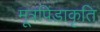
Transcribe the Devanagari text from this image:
मूत्रपिंडाकृति